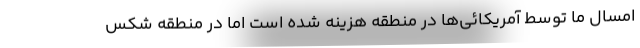
امسال ما توسط آمریکائی‌ها در منطقه هزینه شده است اما در منطقه شکس